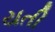
યતી